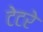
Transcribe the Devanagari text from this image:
टेटरे